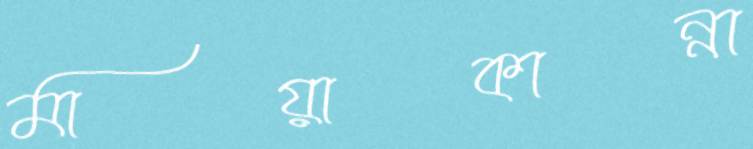
মায়াকান্না